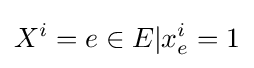
X^{i}={e\in E|x_{e}^{i}=1}